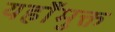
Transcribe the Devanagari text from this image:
यहाँमुक्त